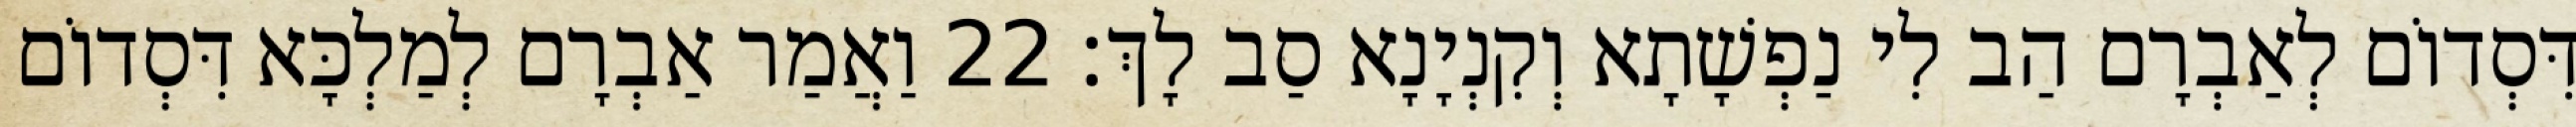
דִּסְדוֹם לְאַבְרָם הַב לִי נַפְשָׁתָא וְקִנְיָנָא סַב לָךְ׃ 22 וַאֲמַר אַבְרָם לְמַלְכָּא דִּסְדוֹם